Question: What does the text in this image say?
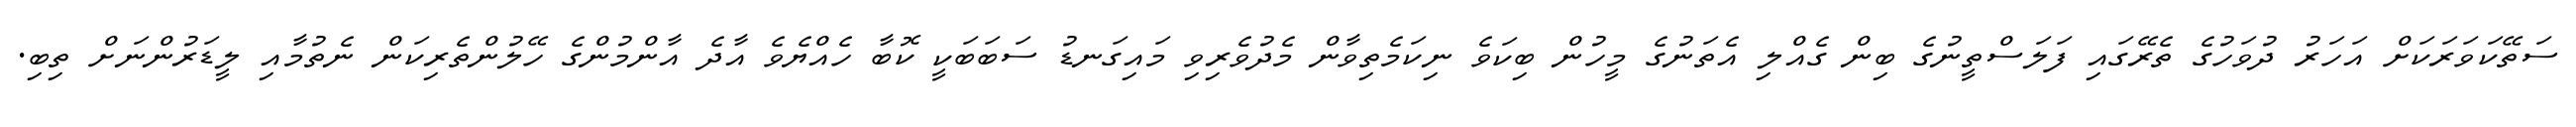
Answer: ސަތޭކަވަރަކަށް އަހަރު ދުވަހުގެ ތެރޭގައި ފަލަސްތީނުގެ ބިން ގެއްލި އެތަނުގެ މީހުން ބިކަވެ ނިކަމެތިވާން މެދުވެރިވި މައިގަނޑު ސަބަބަކީ ކޮބާ ހެއްޔެވެ އާދެ އާންމުންގެ ހޭލުންތެރިކަން ނެތުމާއި ލީޑަރުންނަށް ތިބި.